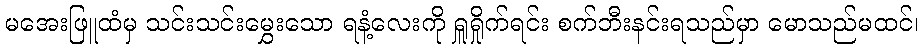
မအေးဖြူထံမှ သင်းသင်းမွှေးသော ရနံ့လေးကို ရှူရှိုက်ရင်း စက်ဘီးနင်းရသည်မှာ မောသည်မထင်၊